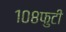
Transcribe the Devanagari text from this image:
१०८फुटी